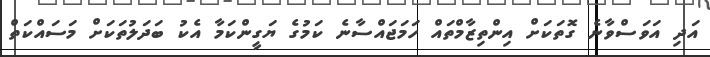
އަދި އަވަސްވާނެ ގޮތަކަށް އިންތިޒާމްތައް ހަމަޖައްސާނެ ކަމުގެ ޔަގީންކަމާ އެކު ބަދަލުތަކަށް މަސައްކަތް